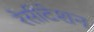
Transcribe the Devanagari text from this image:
रेसीटेशन